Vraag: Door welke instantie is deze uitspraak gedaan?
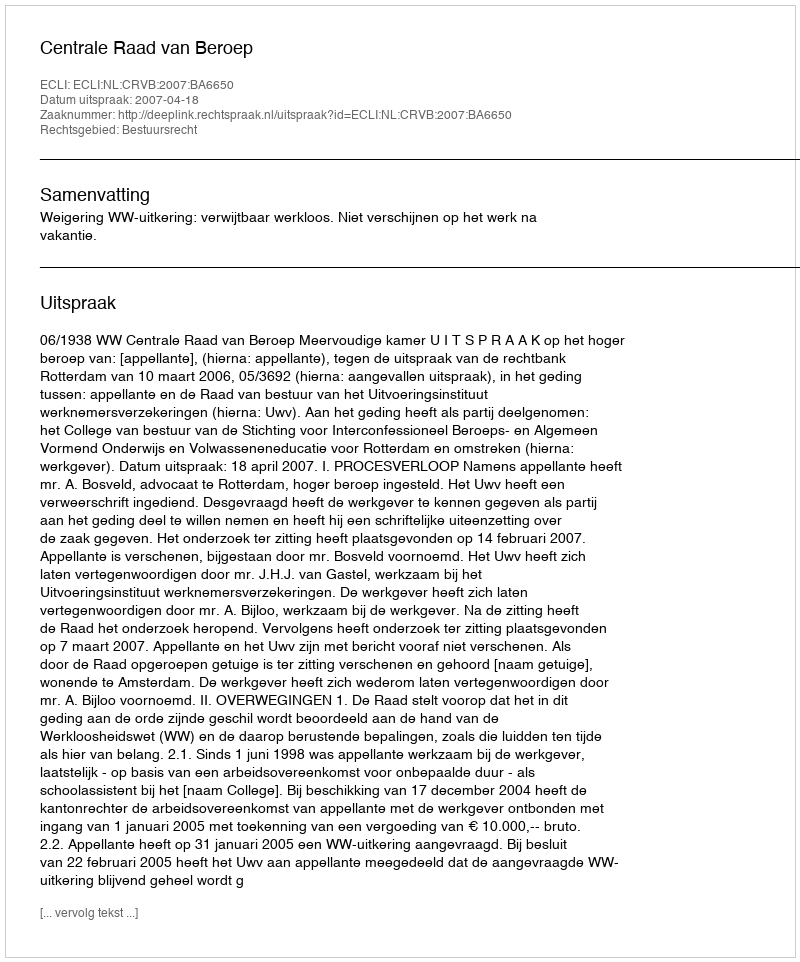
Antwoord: Centrale Raad van Beroep